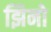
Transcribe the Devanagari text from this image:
झिनो